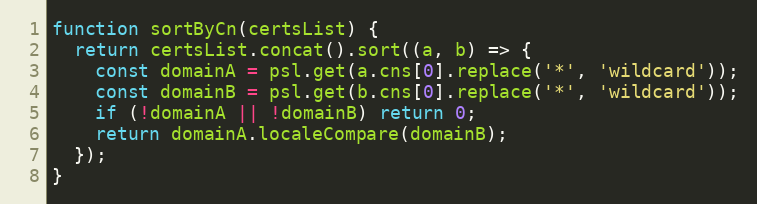
Language: JavaScript
function sortByCn(certsList) {
  return certsList.concat().sort((a, b) => {
    const domainA = psl.get(a.cns[0].replace('*', 'wildcard'));
    const domainB = psl.get(b.cns[0].replace('*', 'wildcard'));
    if (!domainA || !domainB) return 0;
    return domainA.localeCompare(domainB);
  });
}